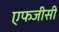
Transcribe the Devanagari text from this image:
एफजीसी